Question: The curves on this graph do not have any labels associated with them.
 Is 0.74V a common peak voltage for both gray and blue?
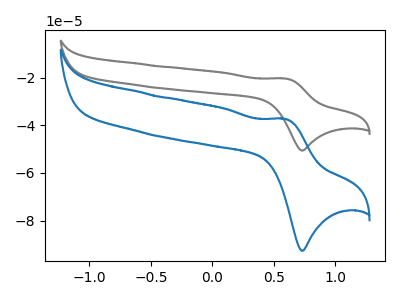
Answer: <think>The gray curve "gray" has an anodic peak at (0.60V, -20.40uA) and a cathodic peak at (0.75V, -50.60uA). The blue curve "blue" has an anodic peak at (0.60V, -37.35uA) and a cathodic peak at (0.75V, -92.65uA).</think>
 <answer>Yes, "gray" and "blue" share a peak at 0.74V.</answer>
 <eval>match</eval>